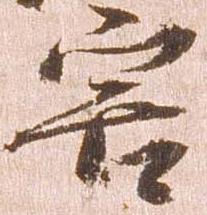
害